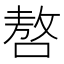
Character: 嗸